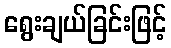
ရွေးချယ်ခြင်းဖြင့်